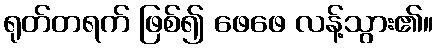
ရုတ်တရက် ဖြစ်၍ ဖေဖေ လန့်သွား၏။